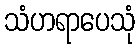
သံဟရာပေသုံ